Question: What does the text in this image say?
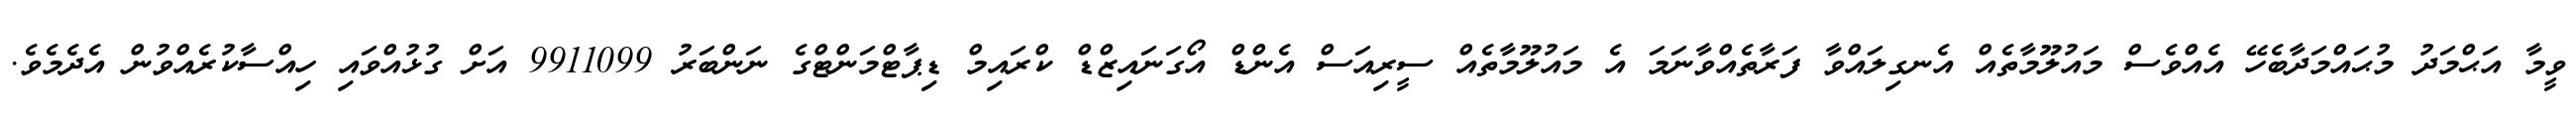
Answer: ވީމާ އަޙްމަދު މުޙައްމަދާބެހޭ އެއްވެސް މައުލޫމާތެއް އެނގިލައްވާ ފަރާތެއްވާނަމަ އެ މައުލޫމާތެއް ސީރިއަސް އެންޑް އޯގަނައިޒްޑް ކްރައިމް ޑިޕާޓްމަންޓްގެ ނަންބަރު 9911099 އަށް ގުޅުއްވައި ހިއްސާކުރެއްވުން އެދެމެވެ.